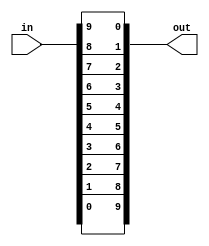
`define DEFINES_DONE
`define EXPONENT 5
`define MANTISSA 10
`define SIGN 1
`define DATAWIDTH (`SIGN+`EXPONENT+`MANTISSA)
`define IEEE_COMPLIANCE 1
`define NUM 8
`define ADDRSIZE 7
`define ADDRSIZE_FOR_TB 10
`define EXPONENT 5
`define MANTISSA 10
`define ACTUAL_MANTISSA 11
`define EXPONENT_LSB 10
`define EXPONENT_MSB 14
`define MANTISSA_LSB 0
`define MANTISSA_MSB 9
`define MANTISSA_MUL_SPLIT_LSB 3
`define MANTISSA_MUL_SPLIT_MSB 9
`define SIGN 1
`define SIGN_LOC 15
`define DWIDTH (`SIGN+`EXPONENT+`MANTISSA)
`define IEEE_COMPLIANCE 1
`define EXPONENT 5
`define MANTISSA 10
`define ACTUAL_MANTISSA 11
`define EXPONENT_LSB 10
`define EXPONENT_MSB 14
`define MANTISSA_LSB 0
`define MANTISSA_MSB 9
`define MANTISSA_MUL_SPLIT_LSB 3
`define MANTISSA_MUL_SPLIT_MSB 9
`define SIGN 1
`define SIGN_LOC 15
`define DWIDTH (`SIGN+`EXPONENT+`MANTISSA)
`define IEEE_COMPLIANCE 1
`define EXPONENT 5
`define MANTISSA 10
`define ACTUAL_MANTISSA 11
`define EXPONENT_LSB 10
`define EXPONENT_MSB 14
`define MANTISSA_LSB 0
`define MANTISSA_MSB 9
`define MANTISSA_MUL_SPLIT_LSB 3
`define MANTISSA_MUL_SPLIT_MSB 9
`define SIGN 1
`define SIGN_LOC 15
`define DWIDTH (`SIGN+`EXPONENT+`MANTISSA)
`define IEEE_COMPLIANCE 1

module reverseFp16 (input [9:0] in, output [9:0] out);

   assign out[0] = in[9];
   assign out[1] = in[8];
   assign out[2] = in[7];
   assign out[3] = in[6];
   assign out[4] = in[5];
   assign out[5] = in[4];
   assign out[6] = in[3];
   assign out[7] = in[2];
   assign out[8] = in[1];
   assign out[9] = in[0];
   // genvar ix;
   // generate
   //     for (ix = 0; ix < width; ix = ix + 1) begin :Bit
   //         assign out[ix] = in[width - 1 - ix];
   //     end
   // endgenerate

endmodule